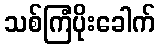
သစ်ကြံပိုးခေါက်